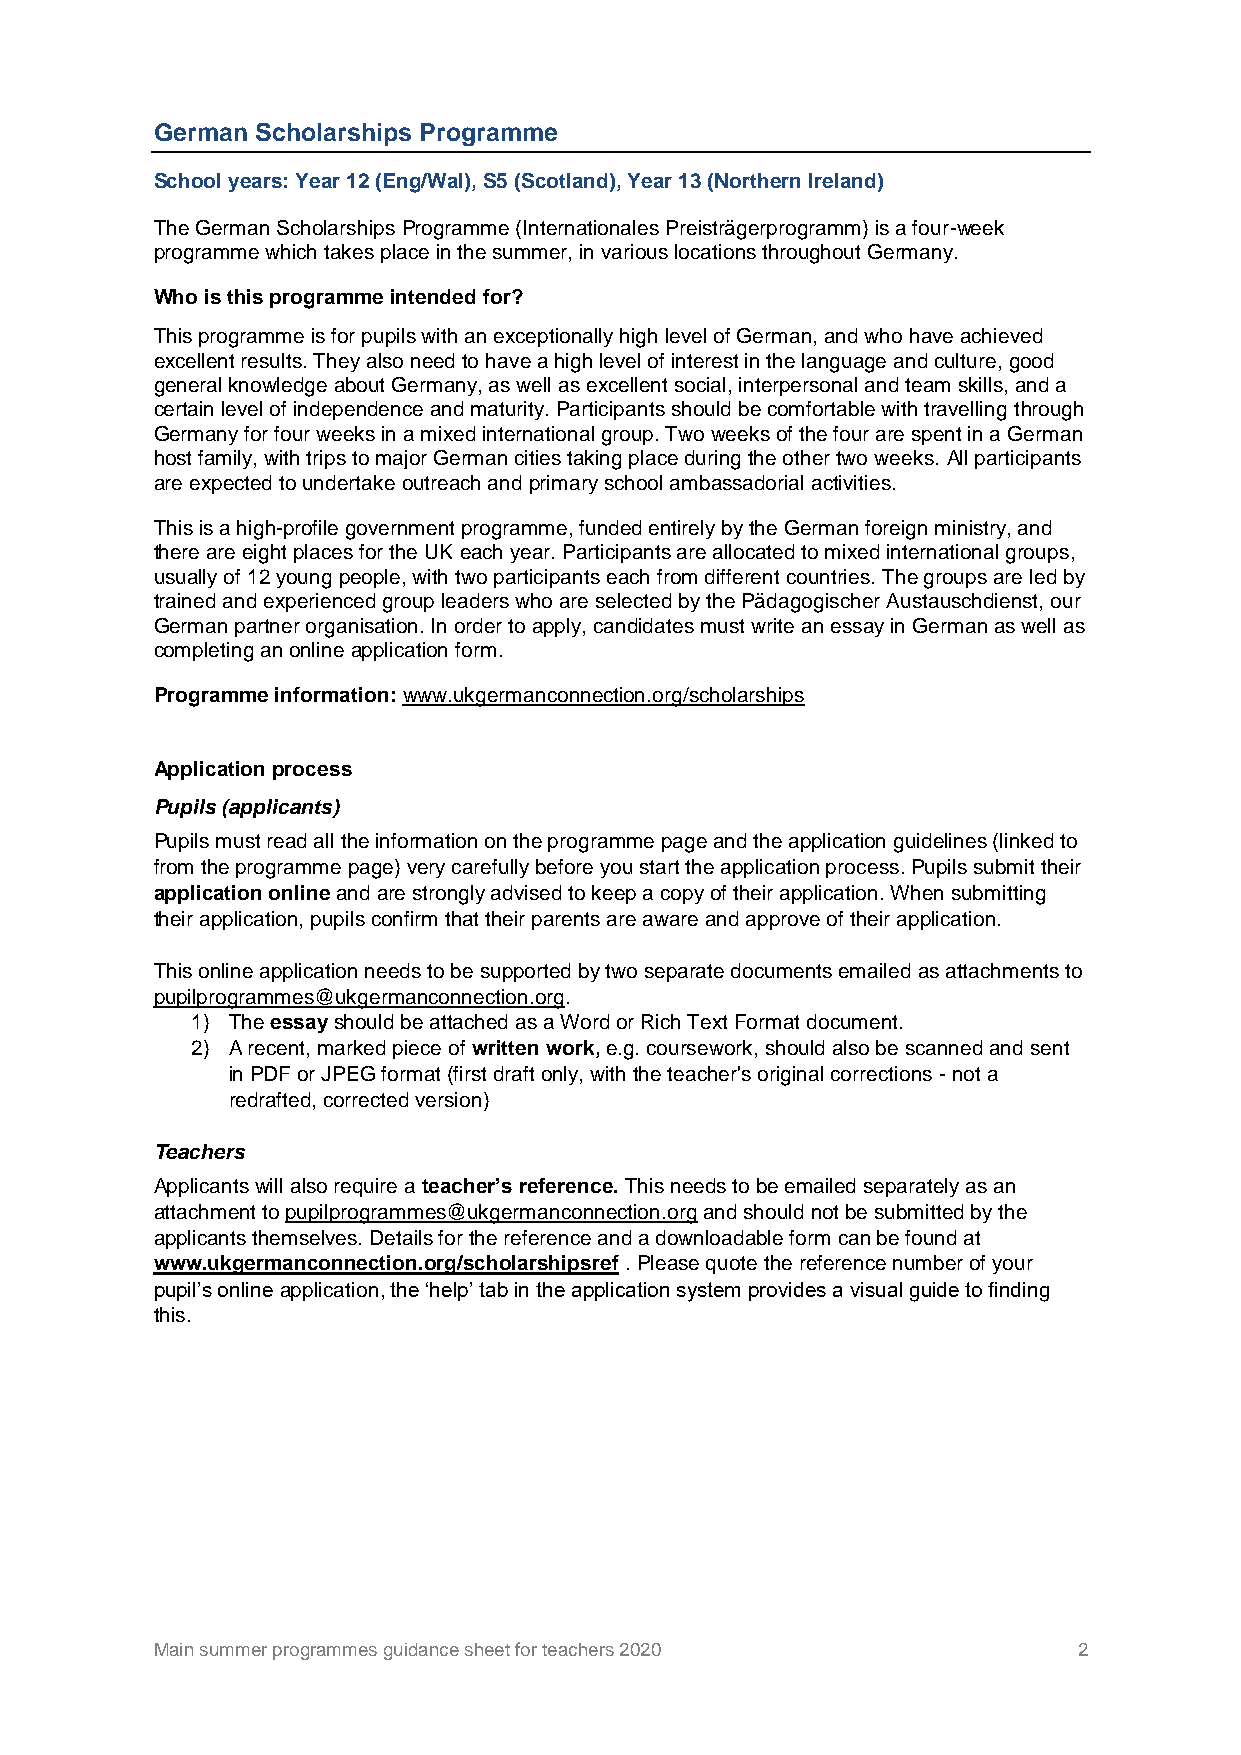
German Scholarships Programme
 School years: Year 12 (Eng/Wal), S5 (Scotland), Year 13 (Northern Ireland)
 The German Scholarships Programme (Internationales Preisträgerprogramm) is a four-week
 programme which takes place in the summer, in various locations throughout Germany.
 Who is this programme intended for?
 This programme is for pupils with an exceptionally high level of German, and who have achieved
 excellent results. They also need to have a high level of interest in the language and culture, good
 general knowledge about Germany, as well as excellent social, interpersonal and team skills, and a
 certain level of independence and maturity. Participants should be comfortable with travelling through
 Germany for four weeks in a mixed international group. Two weeks of the four are spent in a German
 host family, with trips to major German cities taking place during the other two weeks. All participants
 are expected to undertake outreach and primary school ambassadorial activities.
 This is a high-profile government programme, funded entirely by the German foreign ministry, and
 there are eight places for the UK each year. Participants are allocated to mixed international groups,
 usually of 12 young people, with two participants each from different countries. The groups are led by
 trained and experienced group leaders who are selected by the Pädagogischer Austauschdienst, our
 German partner organisation. In order to apply, candidates must write an essay in German as well as
 completing an online application form.
 Programme information: www.ukgermanconnection.org/scholarships
 Application process
 Pupils (applicants)
 Pupils must read all the information on the programme page and the application guidelines (linked to
 from the programme page) very carefully before you start the application process. Pupils submit their
 application online and are strongly advised to keep a copy of their application. When submitting
 their application, pupils confirm that their parents are aware and approve of their application.
 This online application needs to be supported by two separate documents emailed as attachments to
 pupilprogrammes@ukgermanconnection.org.
 1) The essay should be attached as a Word or Rich Text Format document.
 2) A recent, marked piece of written work, e.g. coursework, should also be scanned and sent
 in PDF or JPEG format (first draft only, with the teacher's original corrections - not a
 redrafted, corrected version)
 Teachers
 Applicants will also require a teacher’s reference. This needs to be emailed separately as an
 attachment to pupilprogrammes@ukgermanconnection.org and should not be submitted by the
 applicants themselves. Details for the reference and a downloadable form can be found at
 www.ukgermanconnection.org/scholarshipsref . Please quote the reference number of your
 pupil’s online application, the ‘help’ tab in the application system provides a visual guide to finding
 this.
 Main summer programmes guidance sheet for teachers 2020      2